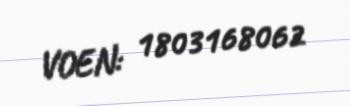
VOEN: 1803168062